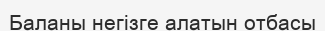
Баланы негізге алатын отбасы